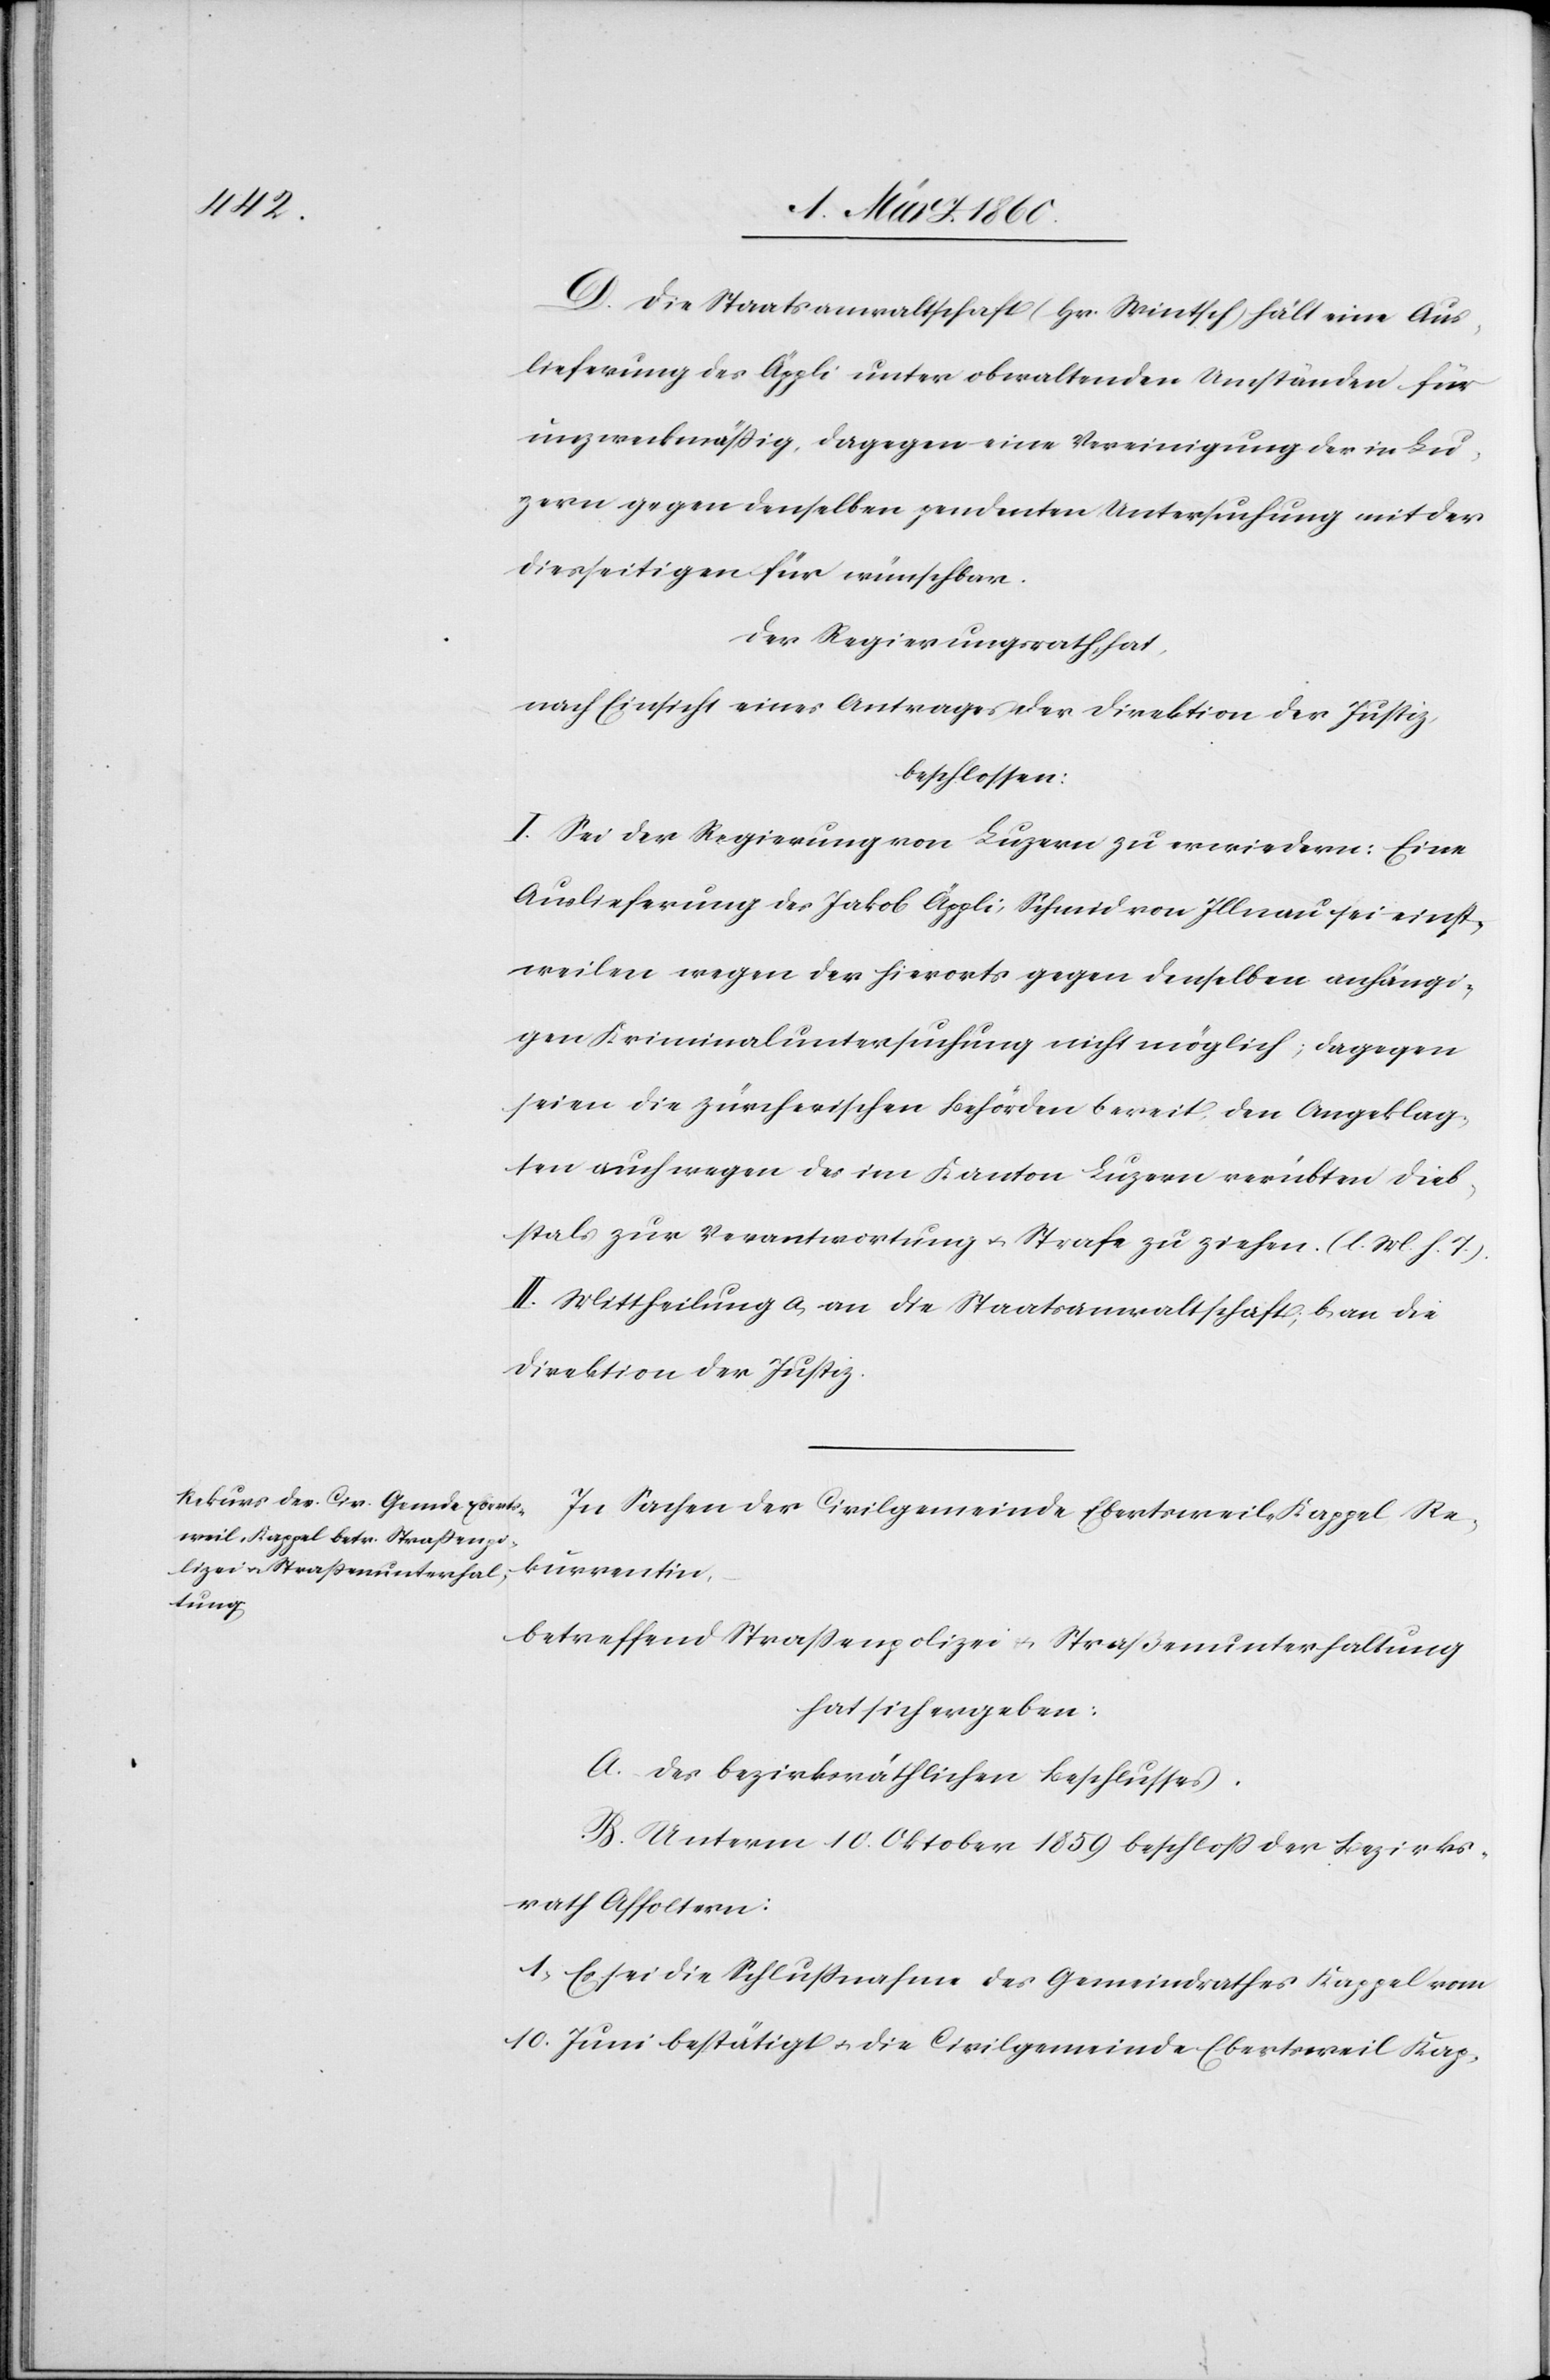
D. Die Staatsanwaltschaft (Hr. Wintsch) hält eine Aus¬
lieferung des Äppli unter obwaltenden Umständen für
unzweckmässig, dagegen eine Vereinigung der in Lu¬
zern gegen denselben pendenten Untersuchung mit der
diesseitigen für wünschbar.
Der Regierungsrath hat,
nach Einsicht eines Antrages der Direktion der Justiz,
beschlossen:
I. Sei der Regierung von Luzern zu erwiedern: Eine
Auslieferung des Jakob Äppli, Schmid von Illnau sei einst¬
weilen wegen der hierorts gegen denselben anhängi¬
gen Kriminaluntersuchung nicht möglich; dagegen
seien die zürcherischen Behörden bereit, den Angeklag¬
ten auch wegen des im Kanton Luzern verübten Dieb¬
stals zur Verantwortung u. Strafe zu ziehen. [l. M. h. T].
II. Mittheilung a. an die Staatsanwaltschaft, b. an die
Direktion der Justiz.
In Sachen der Civilgemeinde Ebertsweil-Kappel, Re¬
kurrentin,
betreffend Strassenpolizei u. Strassenunterhaltung
hat sich ergeben:
A. des bezirksräthlichen Beschlusses.
B. Unterm 10. Oktober 1859 beschloss der Bezirks¬
rath Affoltern:
1. Es sei die Schlussnahme des Gemeindrathes Kappel vom
10. Juni bestätigt u. die Civilgemeinde Ebertsweil-Kap-